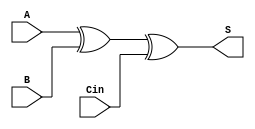
`timescale 1ns / 1ps
//////////////////////////////////////////////////////////////////////////////////
// Company: 
// Engineer: 
// 
// Design Name: 
// Module Name:    FullAdder 
// Project Name: 
// Target Devices: 
// Tool versions: 
// Description: 
//
// Dependencies: 
//
// Revision: 
// Revision 0.01 - File Created
// Additional Comments: 
//
//////////////////////////////////////////////////////////////////////////////////
module FullAdder(input wire A, B, Cin, output wire S);

  assign S = (A^B)^Cin;

endmodule